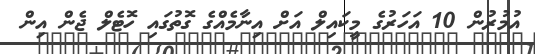
އުމުރުން 10 އަހަރުގެ މީކައިލް އަށް އިނާމެއްގެ ގޮތުގައި ހޮޓެލް ޖެން އިން